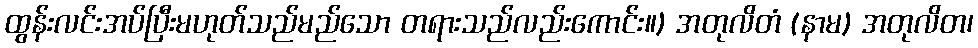
ထွန်းလင်းအပ်ပြီးမဟုတ်သည်မည်သော တရားသည်လည်းကောင်း။) အတုလိတံ (နာမ) အတုလိတ၊